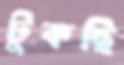
টুকছি